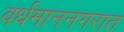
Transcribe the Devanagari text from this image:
वर्धमाननगरात